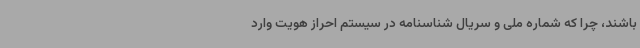
باشند، چرا که شماره ملی و سریال شناسنامه در سیستم احراز هویت وارد